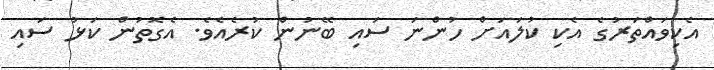
އެކިވައްތަރުގެ އެކި ކުލައަށް ހުންނަ ސައި ބޭނުން ކުރެއެވެ. އެގޮތުން ކަޅު ސައި